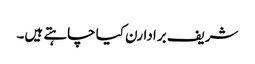
شریف برادارن کیا چاہتے ہیں۔